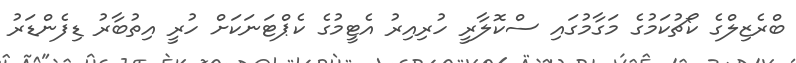
ބްރެޒިލްގެ ކޯޗުކަމުގެ މަގާމުގައި ސްކޮލާރީ ހުރިއިރު އެޓީމުގެ ކެޕްޓަނަކަށް ހުރީ އިތުބާރު ޑިފެންޑަރު